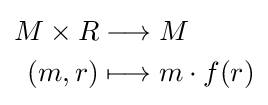
{\begin{aligned}M\times R&\longrightarrow M\\(m,r)&\longmapsto m\cdot f(r)\end{aligned}}